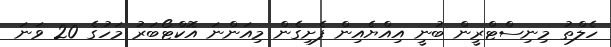
ހެލްތު މިނިސްޓްރީން ބުނީ އިއްޔެއިން ފެށިގެން މިއަންނަ އޮކްޓޯބަރު މަހުގެ 20 ވަނަ